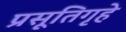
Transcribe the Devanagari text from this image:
प्रसूतिगृहे